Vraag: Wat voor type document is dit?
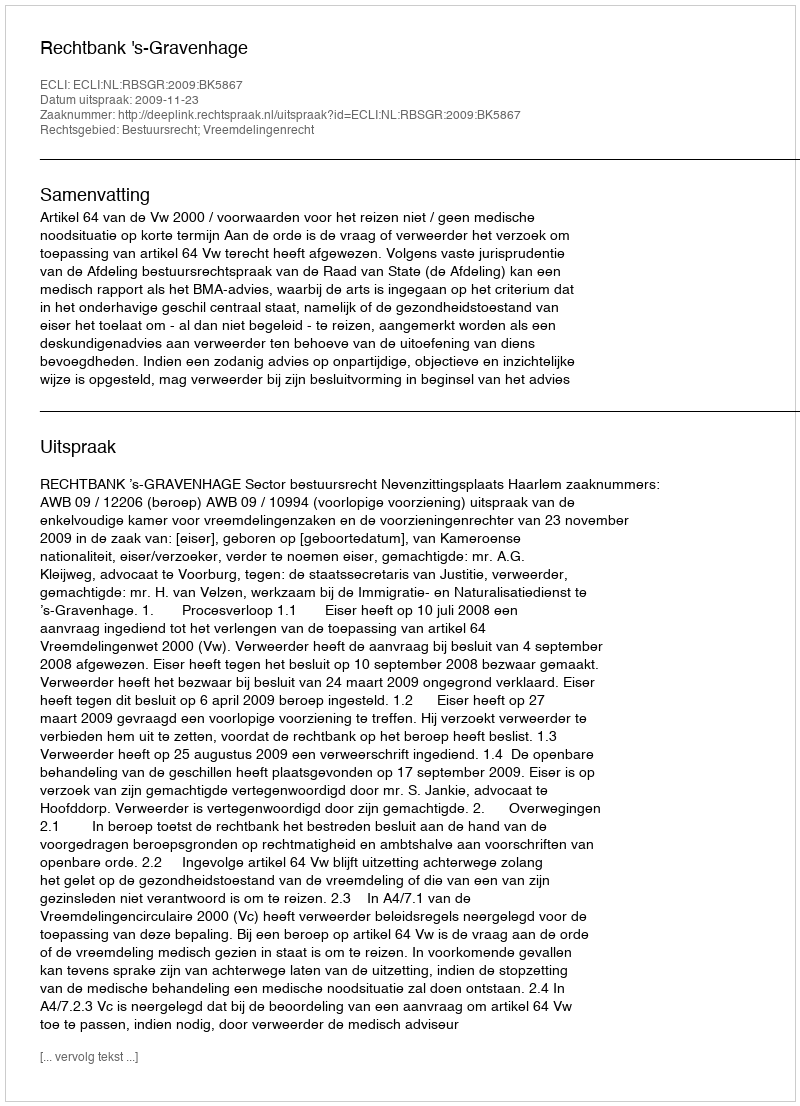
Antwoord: Uitspraak